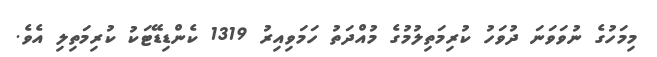
މިމަހުގެ ނުވަވަނަ ދުވަހު ކުރިމަތިލުމުގެ މުއްދަތު ހަމަވިއިރު 1319 ކެންޑިޑޭޓަކު ކުރިމަތިލި އެވެ.